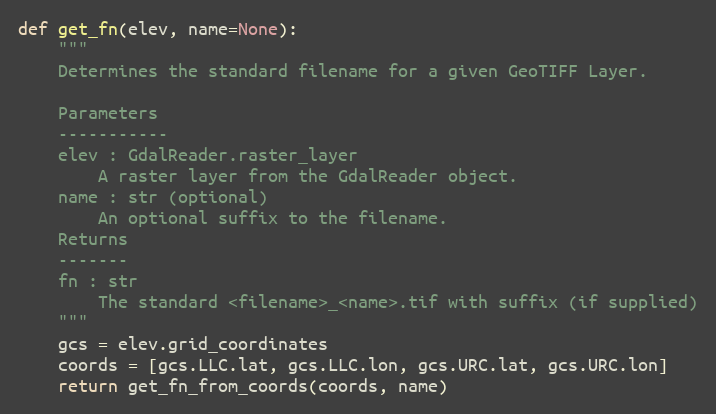
Language: Python
def get_fn(elev, name=None):
    """
    Determines the standard filename for a given GeoTIFF Layer.

    Parameters
    -----------
    elev : GdalReader.raster_layer
        A raster layer from the GdalReader object.
    name : str (optional)
        An optional suffix to the filename.
    Returns
    -------
    fn : str
        The standard <filename>_<name>.tif with suffix (if supplied)
    """
    gcs = elev.grid_coordinates
    coords = [gcs.LLC.lat, gcs.LLC.lon, gcs.URC.lat, gcs.URC.lon]
    return get_fn_from_coords(coords, name)